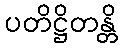
ပတိဋ္ဌိတန္တိ